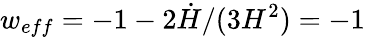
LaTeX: w_{eff}=-1-2\dot{H}/(3H^{2})=-1